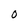
Character: O